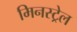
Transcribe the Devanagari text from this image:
मिनस्ट्रेल